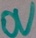
Text: 0V